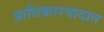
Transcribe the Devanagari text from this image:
प्राधिकारवादात